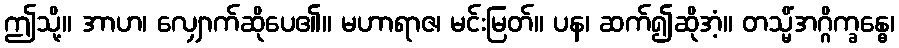
ဤသို့။ အာဟ၊ လျှောက်ဆိုပေ၏။ မဟာရာဇ၊ မင်းမြတ်။ ပန၊ ဆက်၍ဆိုအံ့။ တသ္မိံအဂ္ဂိက္ခန္ဓေ၊